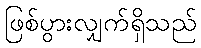
ဖြစ်ပွားလျှက်ရှိသည်